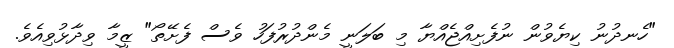
"ހެނދުނު ކިޔެވުން ނުފެށިއްޖެއްޔާ މި ބަލަނީ މެންދުރުފަހު ވެސް ފެށޭތޯ" ޒީމާ ވިދާޅުވިއެވެ.